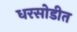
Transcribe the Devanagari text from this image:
धरसोडीत